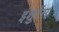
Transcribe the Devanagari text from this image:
इंशुरेंस